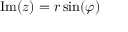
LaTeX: \operatorname { I m } ( z ) = r \sin ( \varphi )